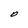
Character: O